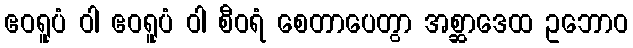
ဧဝရူပံ ဝါ ဧဝရူပံ ဝါ စီဝရံ စေတာပေတွာ အစ္ဆာဒေထ ဥဘောဝ